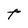
Character: t